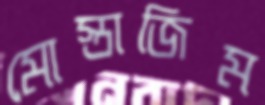
মোস্তাজিম